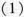
(1)